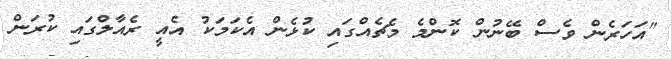
"އަހަރެން ވެސް ބޭނުން ކޮންމެ މެޗެއްގައި ކުޅެން އެކަމަކު އެއީ ރެއާލްގައި ކުރަން